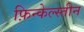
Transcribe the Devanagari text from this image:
फ़िन्केल्स्तीन